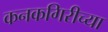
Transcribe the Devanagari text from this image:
कनकगिरीच्या